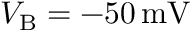
V _ { \mathrm { B } } = - 5 0 \, \mathrm { m V }